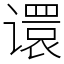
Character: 𫍽